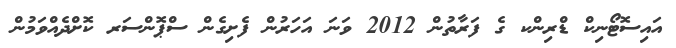
އައިސޮޓޯނިކް ޑްރިންކ ގެ ފަރާތުން 2012 ވަނަ އަހަރުން ފެށިގެން ސްޕޮންސަރ ކޮށްދެއްވަމުން